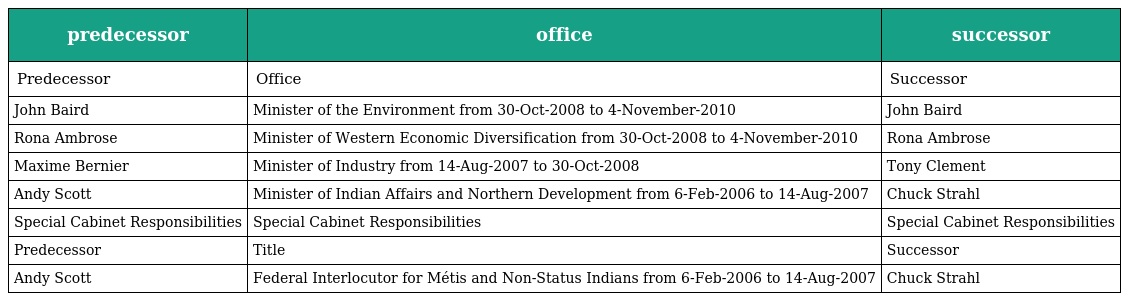
| predecessor | office | successor |
 | --- | --- | --- |
 | Predecessor | Office | Successor |
 | John Baird | Minister of the Environment from 30-Oct-2008 to 4-November-2010 | John Baird |
 | Rona Ambrose | Minister of Western Economic Diversification from 30-Oct-2008 to 4-November-2010 | Rona Ambrose |
 | Maxime Bernier | Minister of Industry from 14-Aug-2007 to 30-Oct-2008 | Tony Clement |
 | Andy Scott | Minister of Indian Affairs and Northern Development from 6-Feb-2006 to 14-Aug-2007 | Chuck Strahl |
 | Special Cabinet Responsibilities | Special Cabinet Responsibilities | Special Cabinet Responsibilities |
 | Predecessor | Title | Successor |
 | Andy Scott | Federal Interlocutor for Métis and Non-Status Indians from 6-Feb-2006 to 14-Aug-2007 | Chuck Strahl |